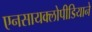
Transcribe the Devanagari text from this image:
एनसायक्लोपीडियाने